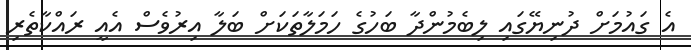
އެ ގައުމަށް ދުނިޔޭގައި ލިބެމުންދާ ބަހުގެެ ހަމަލާތަކަށް ބަލާ އިރުވެސް އެއީ ރައްކާތެރި